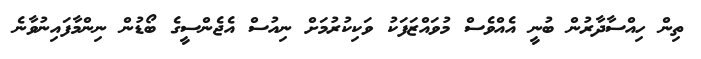
ތިން ހިއްސާދާރުން ބުނީ އެއްވެސް މުވައްޒަފަކު ވަކިކުރުމަށް ނިއުސް އެޖެންސީގެ ބޯޑުން ނިންމާފައިނުވާނެ